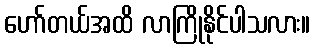
ဟော်တယ်အထိ လာကြိုနိုင်ပါသလား။